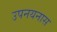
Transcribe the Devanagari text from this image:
उपनयनास